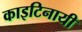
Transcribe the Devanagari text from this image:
काइटिनायी